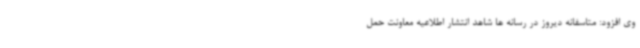
وی افزود: متاسفانه دیروز در رسانه ها شاهد انتشار اطلاعیه معاونت حمل